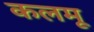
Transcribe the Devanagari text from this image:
कलमू